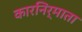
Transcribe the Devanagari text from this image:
कारनिर्माता